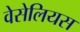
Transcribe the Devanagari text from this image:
वेसेलियस